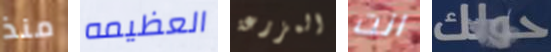
منذ العظيمه المزرعة انت حولك